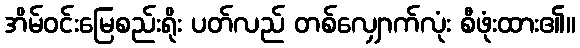
အိမ်ဝင်းမြေစည်းရိုး ပတ်လည် တစ်လျှောက်လုံး စီဖုံးထား၏။